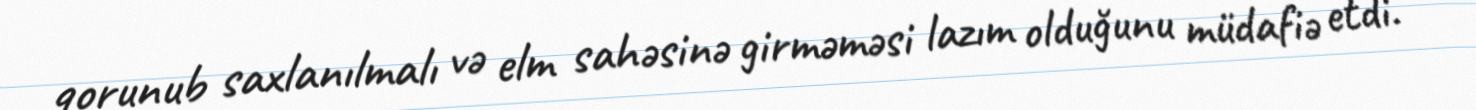
qorunub saxlanılmalı və elm sahəsinə girməməsi lazım olduğunu müdafiə etdi.